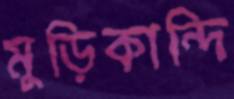
মুড়িকান্দি